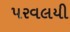
પરવલયી